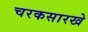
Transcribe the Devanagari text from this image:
चरकसारखे